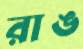
রাঙ